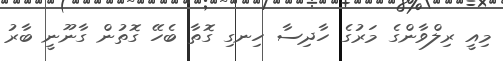
މިއީ ރިލްވާންގެ މަރުގެ ހާދިސާ ހިނގި ގޮތާ ބެހޭ ގޮތުން ގާނޫނީ ބާރު